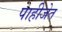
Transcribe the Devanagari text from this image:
पाहीजेत